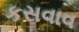
કસવાવ